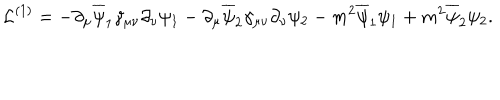
{ \cal L } ^ { ( 1 ) } = - \partial _ { \mu } \overline { { \psi } } _ { 1 } \gamma _ { \mu \nu } \partial _ { \nu } \psi _ { 1 } - \partial _ { \mu } \overline { { \psi } } _ { 2 } \gamma _ { \mu \nu } \partial _ { \nu } \psi _ { 2 } - m ^ { 2 } \overline { { \psi } } _ { 1 } \psi _ { 1 } + m ^ { 2 } \overline { { \psi } } _ { 2 } \psi _ { 2 } .